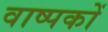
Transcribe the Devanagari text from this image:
वाष्पकों